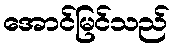
အောင်မြင်သည်